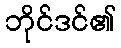
ဘိုင်ဒင်၏